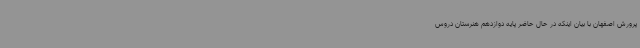
پرورش اصفهان با بیان اینکه در حال حاضر پایه دوازدهم هنرستان دروس